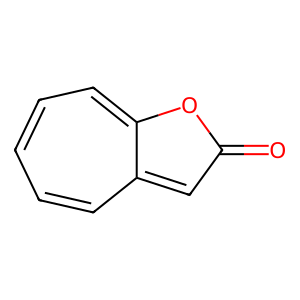
SMILES: O=c1cc2cccccc-2o1
Inhibits HIV replication: No